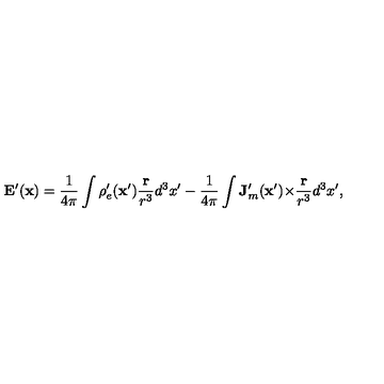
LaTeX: \mathbf { E } ^ { \prime } ( \mathbf { x } ) = \frac { 1 } { 4 \pi } \int \rho _ { e } ^ { \prime } ( \mathbf { x } ^ { \prime } ) \frac { \mathbf { r } } { r ^ { 3 } } d ^ { 3 } x ^ { \prime } - \frac { 1 } { 4 \pi } \int \mathbf { J } _ { m } ^ { \prime } ( \mathbf { x } ^ { \prime } ) { \bf \times } \frac { \mathbf { r } } { r ^ { 3 } } d ^ { 3 } x ^ { \prime } ,